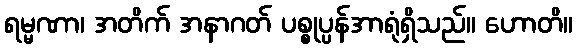
ရမ္မဏာ၊ အတိက် အနာဂတ် ပစ္စုပ္ပန်အာရုံရှိသည်။ ဟောတိ။